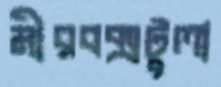
মীরবক্সটুলা